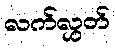
လက်လွှတ်